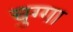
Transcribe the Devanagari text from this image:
चुग्गा